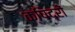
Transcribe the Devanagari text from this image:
क्षिद्रों